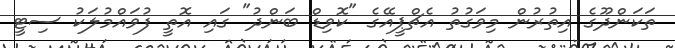
ތަކަންދޫގެ އިތުރުން މިވަގުތު އެޗްޕީއޭގެ "ކޮވިޑް ބަންދު" ގައި އޮތީ ފުވައްމުލަކު ސިޓީ